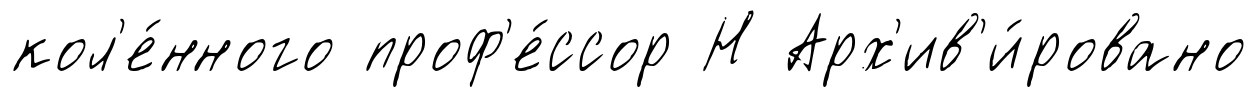
кол'е́нного проф'е́ссор Н Арх'ив'и́ровано